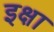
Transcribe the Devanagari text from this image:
इक्षा